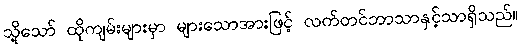
သို့သော် ထိုကျမ်းများမှာ များသောအားဖြင့် လက်တင်ဘာသာနှင့်သာရှိသည်။